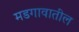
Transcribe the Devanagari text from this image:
मडगावातील